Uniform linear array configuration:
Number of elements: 4
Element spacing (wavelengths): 1
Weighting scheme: hamming
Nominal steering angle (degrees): -45
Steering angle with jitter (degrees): -44.829
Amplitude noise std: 0.05
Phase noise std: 0.05

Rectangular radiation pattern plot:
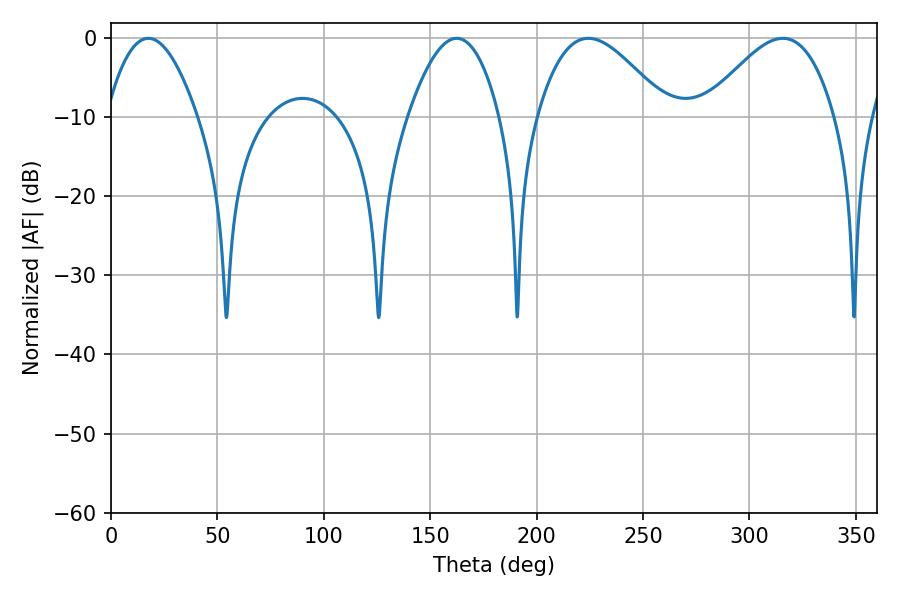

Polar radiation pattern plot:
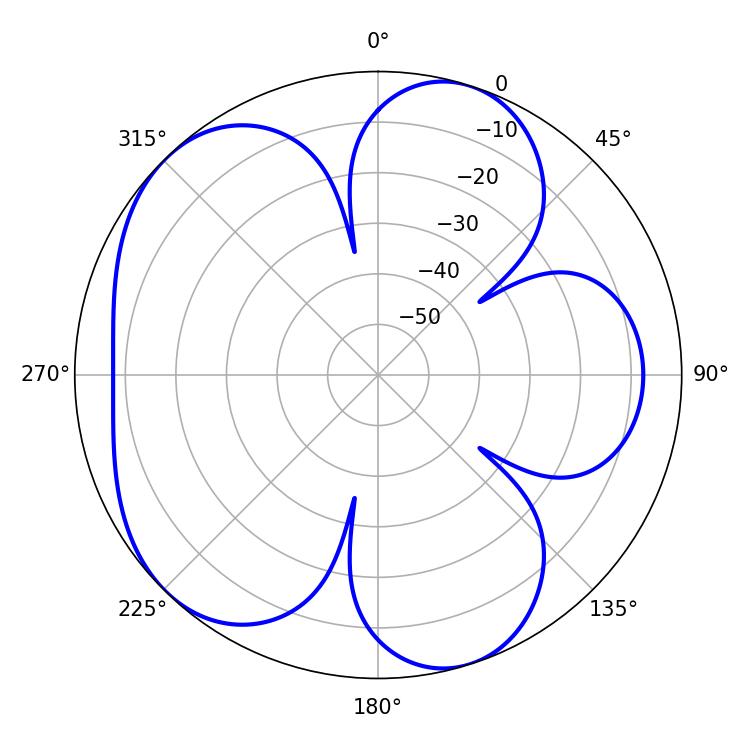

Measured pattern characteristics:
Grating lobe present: TRUE
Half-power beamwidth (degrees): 32.76
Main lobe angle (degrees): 224.28